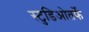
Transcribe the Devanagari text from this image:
स्टुडिओतर्फे